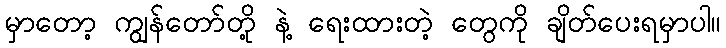
မှာတော့ ကျွန်တော်တို့ နဲ့ ရေးထားတဲ့ တွေကို ချိတ်ပေးရမှာပါ။